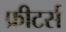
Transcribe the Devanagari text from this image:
फ्रीटर्स